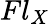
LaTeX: Fl_{X}